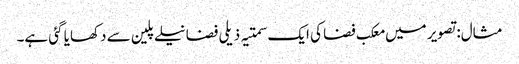
مثال: تصویر میں معکب فضا کی ایک سمتیہ ذیلی فضا نیلے پلین سے دکھایا گئی ہے۔